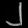
Digit: ၂